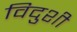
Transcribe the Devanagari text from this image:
विदुशी